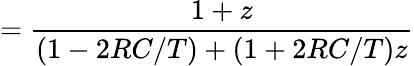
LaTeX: ={\frac{1+z}{(1-2RC/T)+(1+2RC/T)z}}